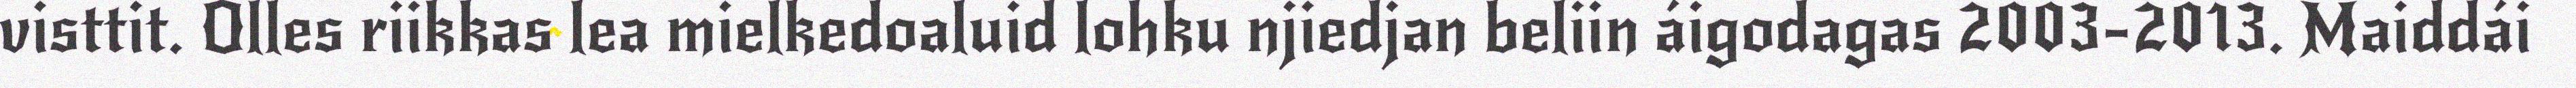
visttit. Olles riikkas lea mielkedoaluid lohku njiedjan beliin áigodagas 2003-2013. Maiddái